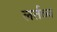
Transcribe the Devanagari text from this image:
लर्तव्य